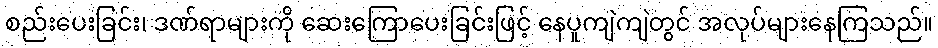
စည်းပေးခြင်း၊ ဒဏ်ရာများကို ဆေးကြောပေးခြင်းဖြင့် နေပူကျဲကျဲတွင် အလုပ်များနေကြသည်။